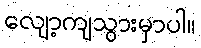
လျော့ကျသွားမှာပါ။